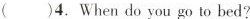
( )4. When do you go to bed?